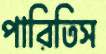
পারিতিস